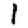
Digit: 1